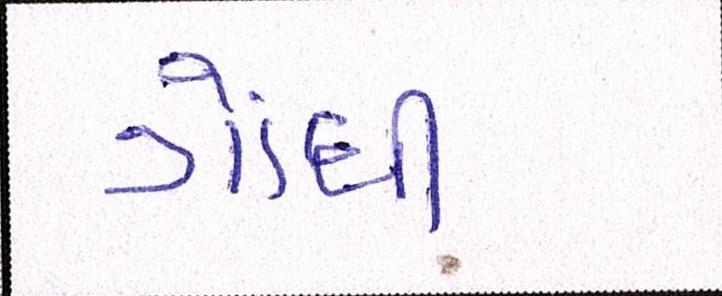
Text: ગોંધી